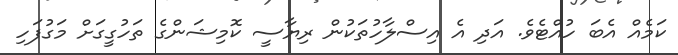
ކަމެއް އެބަ ހުއްޓެވެ. އަދި އެ އިސްލާހުތަކުން ރިޔާސީ ކޮމިޝަންގެ ތަހުގީގަށް މަގުފަހި